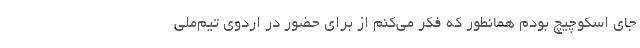
جای اسکوچیچ بودم همانطور که فکر می‌کنم از برای حضور در اردوی تیم‌ملی